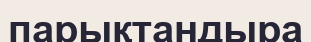
парықтандыра